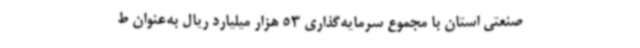
صنعتی استان با مجموع سرمایه‌گذاری 53 هزار میلیارد ریال به‌عنوان ط